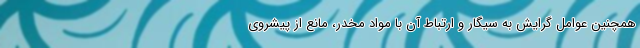
همچنین عوامل گرایش به سیگار و ارتباط آن با مواد مخدر، مانع از پیشروی